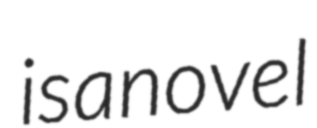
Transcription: is a novel